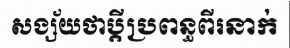
សង្ស័យថាប្តីប្រពន្ធពីរនាក់